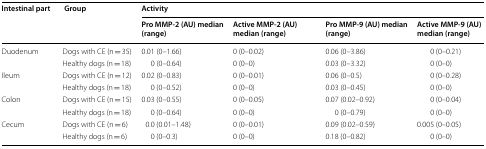
| <ROWSPAN=2> Intestinal part | <ROWSPAN=2> Group | <COLSPAN=4> Activity |
 | Pro MMP-2 (AU) median (range) | Active MMP-2 (AU) median (range) | Pro MMP-9 (AU) median (range) | Active MMP-9 (AU) median (range) |
 | --- | --- | --- | --- | --- | --- |
 | <ROWSPAN=2> Duodenum | Dogs with CE (n = 35) | 0.01 (0–1.66) | 0 (0–0.02) | 0.06 (0–3.86) | 0 (0–0.21) |
 | Healthy dogs (n = 18) | 0 (0–0.64) | 0 (0–0) | 0.03 (0–3.32) | 0 (0–0) |
 | <ROWSPAN=2> Ileum | Dogs with CE (n = 12) | 0.02 (0–0.83) | 0 (0–0.01) | 0.06 (0–0.5) | 0 (0–0.28) |
 | Healthy dogs (n = 18) | 0 (0–0.52) | 0 (0–0) | 0.03 (0–0.45) | 0 (0–0) |
 | <ROWSPAN=2> Colon | Dogs with CE (n = 15) | 0.03 (0–0.55) | 0 (0–0.05) | 0.07 (0.02–0.92) | 0 (0–0.04) |
 | Healthy dogs (n = 18) | 0 (0–0.64) | 0 (0–0) | 0 (0–0.79) | 0 (0–0) |
 | <ROWSPAN=2> Cecum | Dogs with CE (n = 6) | 0.0 (0.01–1.48) | 0 (0–0.01) | 0.09 (0.02–0.59) | 0.005 (0–0.05) |
 | Healthy dogs (n = 6) | 0 (0–0.3) | 0 (0–0) | 0.18 (0–0.82) | 0 (0–0) |